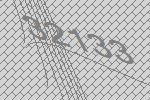
32133